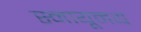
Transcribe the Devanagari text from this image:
स्नायूमय